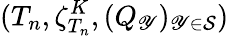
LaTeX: (T_{n},\zeta_{T_{n}}^{K},(Q_{\mathscr{Y}})_{\mathscr{Y}\in\mathcal{{S}}})